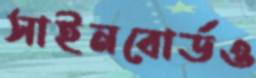
সাইনবোর্ডও